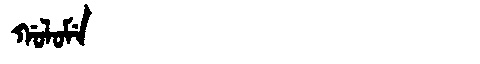
Manchu: ᡤᠣᠯᠣᠮᡝ
Romanization: GOLOME